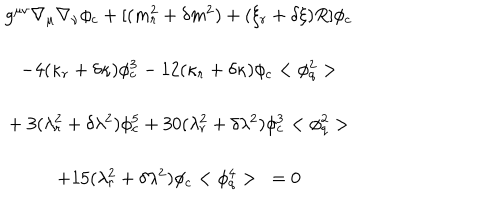
LaTeX: \begin{array} { c } { { g ^ { \mu \nu } \nabla _ { \mu } \nabla _ { \nu } \phi _ { c } + [ ( m _ { r } ^ { 2 } + \delta m ^ { 2 } ) + ( \xi _ { r } + \delta \xi ) R ] \phi _ { c } } } \\ { { - 4 ( \kappa _ { r } + \delta \kappa ) \phi _ { c } ^ { 3 } - 1 2 ( \kappa _ { r } + \delta \kappa ) \phi _ { c } < \phi _ { q } ^ { 2 } > } } \\ { { + \ 3 ( \lambda _ { r } ^ { 2 } + \delta \lambda ^ { 2 } ) \phi _ { c } ^ { 5 } + 3 0 ( \lambda _ { r } ^ { 2 } + \delta \lambda ^ { 2 } ) \phi _ { c } ^ { 3 } < \phi _ { q } ^ { 2 } > } } \\ { { + 1 5 ( \lambda _ { r } ^ { 2 } + \delta \lambda ^ { 2 } ) \phi _ { c } < \phi _ { q } ^ { 4 } > \ = 0 } } \\ \end{array}